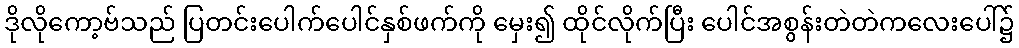
ဒိုလိုကော့ဗ်သည် ပြတင်းပေါက်ပေါင်နှစ်ဖက်ကို မှေး၍ ထိုင်လိုက်ပြီး ပေါင်အစွန်းတဲတဲကလေးပေါ်၌